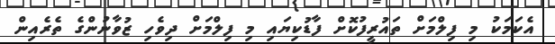
އެކަމަކު މި ފިލްމަށް ތައުރީފުކޮށް ފާޑުކިޔައި މި ފިލްމަށް ދިވެހި ޒުވާނުންގެ ތެރެއިން